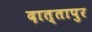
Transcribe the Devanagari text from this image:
दात्तापुर